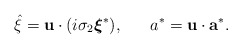
\begin{align*}\hat{\xi} = {\bf u} \cdot (i \sigma_{2} \mbox{\boldmath $\xi$}^{*}) ,~~~~~ a^{*} = {\bf u} \cdot {\bf a}^{*} .\end{align*}